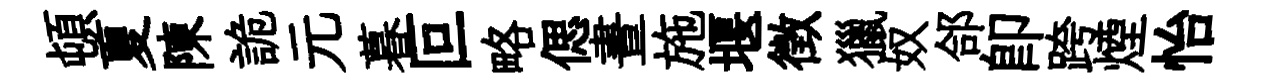
頓夏陳詭元暮叵略偲晝施堰徴獵奴郃即跨煙怡